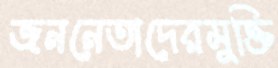
জননেতাদেরমুক্তি